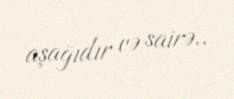
aşağıdır və sairə..